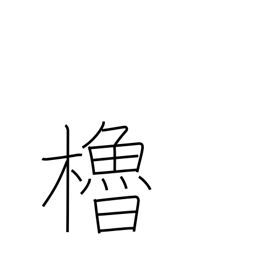
Meaning: oar